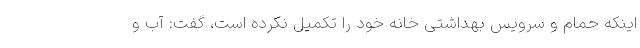
اینکه حمام و سرویس بهداشتی خانه خود را تکمیل نکرده است، گفت: آب و